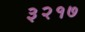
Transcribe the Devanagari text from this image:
३२१७